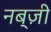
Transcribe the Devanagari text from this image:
नब्ज़ी